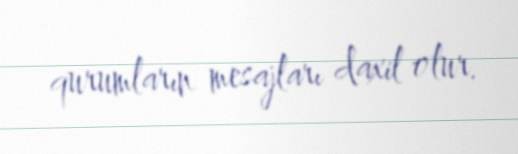
qurumların mesajları daxil olur.